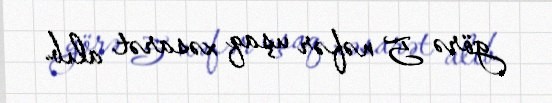
görə 5 nəfər uşaq xəsarət alıb.